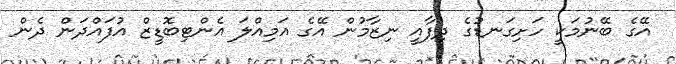
އޭގެ ބޭނުމަކީ ހަށިގަނޑުގެ ދިފާއީ ނިޒާމުން އޭގެ އަމިއްލަ އެންޓިބޮޑީޒް އުފައްދަން ދެން